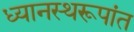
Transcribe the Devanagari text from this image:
ध्यानस्थरूपांत